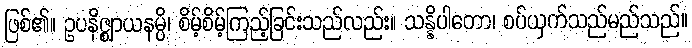
ဖြစ်၏။ ဥပနိဇ္ဈာယနမ္ပိ၊ စိမ့်စိမ့်ကြည့်ခြင်းသည်လည်း။ သန္နိပါတော၊ စပ်ယှက်သည်မည်သည်။